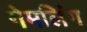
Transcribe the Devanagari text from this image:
गेमलिंग